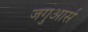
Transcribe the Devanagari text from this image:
जगुआर्स